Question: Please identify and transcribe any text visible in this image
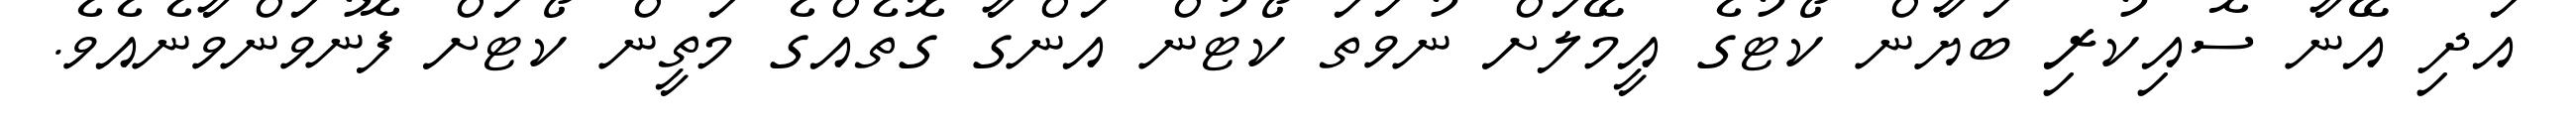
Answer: އަދި އޭނާ ސޮއިކުރި ބަޔާން ކޯޓުގެ އީމޭލަށް ނުވަތަ ކޯޓުން އަންގާ ގޮތެއްގެ މަތީން ކޯޓަށް ފޮނުވަންވާނެއެވެ.